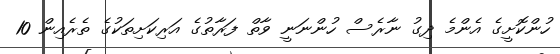
ހުންކޮށީގެ އެންމެ ދިގު ނާރެސް ހުންނަނީ ވާތް ފަރާތުގެ އަރިކަށިތަކުގެ ތެރެއިން 10